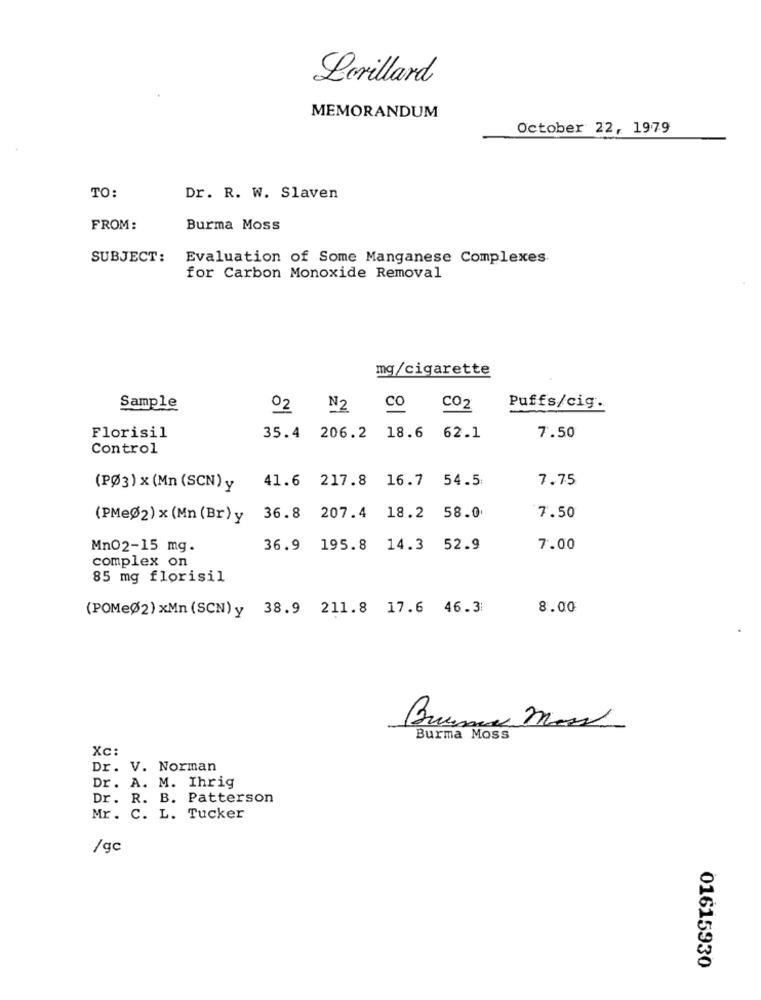
Lorillard
MEMORANDUM
October 22, 1979
TO:
Dr. R. W. Slaven
FROM:
Burma Moss
SUBJECT: Evaluation of Some Manganese Complexes.
for Carbon Monoxide Removal
mg/cigarette
Sample
02
N2
Co co2
Puffs/cig.
Florisil
35.4 206.2 18.6 62.1
7.50
Control
41.6 217.8 16.7 54.5
7.75
(PØ3) x(Mn (SCN)y
7.50
(PMeØ2) x (Mn (Br) y
36.8 207.4 18.2 58.0
Mn02-15 mg.
36.9 195.8 14.3 52.9
7.00
complex on
85 mg florisil
(POMeØ2) xMn (SCN)y 38.9 211.8 17.6 46.3
8.00
Bruno mars
Burma Moss
Xc:
Dr. V. Norman
Dr. A. M. Ihrig
Dr. R. B. Patterson
Mr. C. L. Tucker
/gc
01615930